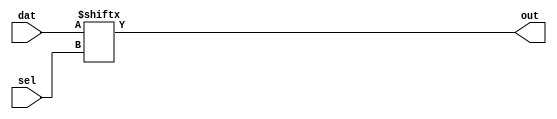
// Copyright 2007 Altera Corporation. All rights reserved.  
// Altera products are protected under numerous U.S. and foreign patents, 
// maskwork rights, copyrights and other intellectual property laws.  
//
// This reference design file, and your use thereof, is subject to and governed
// by the terms and conditions of the applicable Altera Reference Design 
// License Agreement (either as signed by you or found at www.altera.com).  By
// using this reference design file, you indicate your acceptance of such terms
// and conditions between you and Altera Corporation.  In the event that you do
// not agree with such terms and conditions, you may not use the reference 
// design file and please promptly destroy any copies you have made.
//
// This reference design file is being provided on an "as-is" basis and as an 
// accommodation and therefore all warranties, representations or guarantees of 
// any kind (whether express, implied or statutory) including, without 
// limitation, warranties of merchantability, non-infringement, or fitness for
// a particular purpose, are specifically disclaimed.  By making this reference
// design file available, Altera expressly does not recommend, suggest or 
// require that this reference design file be used in combination with any 
// other product not provided by Altera.
/////////////////////////////////////////////////////////////////////////////

// baeckler - 02-14-2006
//
// Stratix II 8:1 MUX showing 
//		Two 7-LUT implementation
//		Two 5-LUTs, one 7-LUT implementation
//		Generic implementation
//
// Both methods cost two packed ALM's
//   they have slightly different speed and routing
//   properties.  77 is currently used by default.

module eight_to_one (dat,sel,out);

parameter SEVEN_SEVEN_STYLE = 1'b0;
parameter FIVE_FIVE_STYLE = 1'b0;

input [7:0] dat;
input [2:0] sel;

output out;
wire out;

generate
if (SEVEN_SEVEN_STYLE) begin
	wire cell_tail;
	stratixii_lcell_comb lc_tail (
	  .datae(sel[1]),
	  .dataf(sel[2]),
	  .datad(sel[0]),
	  .dataa(dat[1]),
	  .datac(dat[0]),
	  .datab(dat[3]),
	  .datag(dat[2]),
	  .combout(cell_tail),
	  .cout(),.shareout(),.sumout(),.cin(1'b0),.sharein(1'b0));
	defparam lc_tail .extended_lut = "on";
	defparam lc_tail .lut_mask = 64'hff00ff00ccf0aaf0;

	stratixii_lcell_comb lc_head (
	  .datae(sel[1]),
	  .dataf(cell_tail),
	  .datad(sel[2]),
	  .dataa(dat[5]),
	  .datac(dat[4]),
	  .datab(dat[7]),
	  .datag(dat[6]),
	  .combout(out),
	  .cout(),.shareout(),.sumout(),.cin(1'b0),.sharein(1'b0));
	defparam lc_head .extended_lut = "on";
	defparam lc_head .lut_mask = 64'hccffaafff000f000;
end

else if (FIVE_FIVE_STYLE) begin
	wire m0_out, m1_out;

	stratixii_lcell_comb m0 (
		.dataa(sel[0]),
		.datab(sel[1]),
		.datac(dat[0]),
		.datad(dat[1]),
		.datae(dat[2]),
		.combout(m0_out),
		.dataf(1'b0),.datag(1'b1),
		.cout(),.shareout(),.sumout(),.cin(1'b0),.sharein(1'b0));
	defparam m0 .shared_arith = "off";
	defparam m0 .extended_lut = "off";
	defparam m0 .lut_mask = 64'h7654321076543210;

	stratixii_lcell_comb m1 (
		.dataa(sel[0]),
		.datab(sel[1]),
		.datac(dat[4]),
		.datad(dat[5]),
		.datae(dat[6]),
		.dataf(1'b0),.datag(1'b1),
		.combout(m1_out),
		.cout(),.shareout(),.sumout(),.cin(1'b0),.sharein(1'b0));
	defparam m1 .shared_arith = "off";
	defparam m1 .extended_lut = "off";
	defparam m1 .lut_mask = 64'h7654321076543210;

	stratixii_lcell_comb head (
		.dataa(sel[0]),
		.datab(sel[1]),
		.datac(dat[3]),
		.datad(m0_out),
		.datae(sel[2]),
		.dataf(m1_out),
		.datag(dat[7]),
		.combout(out),
		.cout(),.shareout(),.sumout(),.cin(1'b0),.sharein(1'b0));
	defparam head .shared_arith = "off";
	defparam head .extended_lut = "on";
	defparam head .lut_mask = 64'hF7F7F7808080F780;
end

else begin
	// let the compiler select style
	assign out = dat[sel];
end 
endgenerate
endmodule